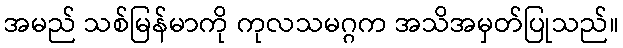
အမည် သစ်မြန်မာကို ကုလသမဂ္ဂက အသိအမှတ်ပြုသည်။